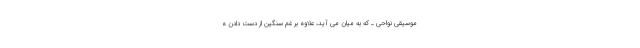
موسیقی نواحی ـ که به میان می آید، علاوه بر غم سنگین از دست دادن ه